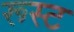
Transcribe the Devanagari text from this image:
रूस्ट